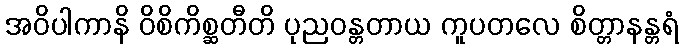
အဝိပါကာနိ ဝိစိကိစ္ဆတီတိ ပုညဝန္တတာယ ကူပတလေ စိတ္တာနန္တရံ